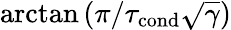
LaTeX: \arctan\left(\pi/\tau_{\mathrm{cond}}\sqrt{\gamma}\right)